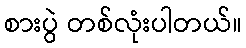
စားပွဲ တစ်လုံးပါတယ်။